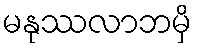
မနုဿလာဘမှိ